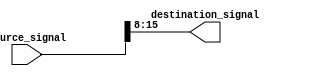
module part_select_assign(
    input wire [31:0] source_signal,
    output reg [7:0] destination_signal
);

always @(*) begin
    destination_signal = source_signal[15:8];
end

endmodule